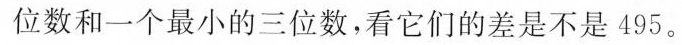
位数和一个最小的三位数，看它们的差是不是495。